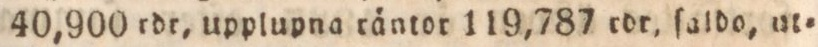
40,900 rdr, upplupna räntor 119,787 rdr. ſaldo, ut=